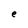
Character: e